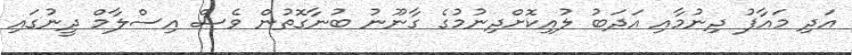
އަދި މައާފު ދިނުމާއި އަދަބު ލުއިކޮށްދިނުމުގެ ގާނޫނު ބުނާގޮތުން ވެސް އިސްލާމް ދީނުގައި